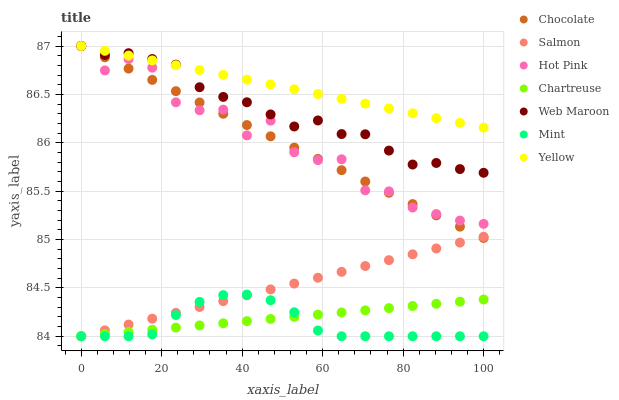
| xaxis_label | Chocolate | Salmon | Hot Pink | Chartreuse | Web Maroon | Mint | Yellow |
 | --- | --- | --- | --- | --- | --- | --- | --- |
 | 0 | 87 | 84 | 87 | 84 | 87 | 84 | 87 |
 | 5.88 | 86.9 | 84.1 | 86.7 | 84 | 86.9 | 84 | 87 |
 | 11.8 | 86.8 | 84.1 | 86.9 | 84 | 86.9 | 84 | 86.9 |
 | 17.6 | 86.6 | 84.2 | 86.8 | 84.1 | 86.9 | 84 | 86.9 |
 | 23.5 | 86.5 | 84.2 | 86.4 | 84.1 | 86.8 | 84.2 | 86.8 |
 | 29.4 | 86.4 | 84.3 | 86.3 | 84.1 | 86.6 | 84.4 | 86.8 |
 | 35.3 | 86.3 | 84.4 | 86.3 | 84.1 | 86.5 | 84.4 | 86.7 |
 | 41.2 | 86.2 | 84.4 | 86.1 | 84.2 | 86.4 | 84.4 | 86.7 |
 | 47.1 | 86.1 | 84.5 | 86.2 | 84.2 | 86.3 | 84.4 | 86.6 |
 | 52.9 | 85.9 | 84.5 | 85.9 | 84.2 | 86.2 | 84.2 | 86.6 |
 | 58.8 | 85.8 | 84.6 | 85.8 | 84.2 | 86.2 | 84.1 | 86.5 |
 | 64.7 | 85.7 | 84.7 | 85.8 | 84.2 | 86.1 | 84 | 86.5 |
 | 70.6 | 85.6 | 84.7 | 85.5 | 84.3 | 86.1 | 84 | 86.4 |
 | 76.5 | 85.5 | 84.8 | 85.5 | 84.3 | 85.9 | 84 | 86.4 |
 | 82.4 | 85.4 | 84.8 | 85.3 | 84.3 | 85.8 | 84 | 86.3 |
 | 88.2 | 85.2 | 84.9 | 85.3 | 84.3 | 85.8 | 84 | 86.3 |
 | 94.1 | 85.1 | 85 | 85.2 | 84.4 | 85.7 | 84 | 86.2 |
 | 100 | 85 | 85 | 85.2 | 84.4 | 85.7 | 84 | 86.2 |